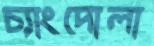
চ্যাংদোলা